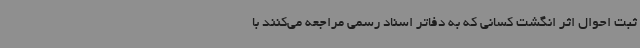
ثبت احوال اثر انگشت کسانی که به دفاتر اسناد رسمی مراجعه می‌کنند با